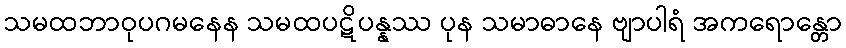
သမထဘာဝုပဂမနေန သမထပဋိပန္နဿ ပုန သမာဓာနေ ဗျာပါရံ အကရောန္တော